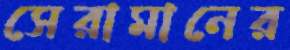
সেরামানের